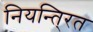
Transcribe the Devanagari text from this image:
नियन्ति्रत